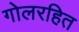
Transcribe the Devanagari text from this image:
गोलरहित